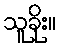
သူခိုး။